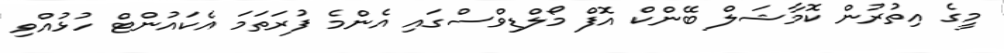
މީގެ އިތުރުން ކޮމާޝަލް ބޭންކް އޮފް މޯލްޑިވްސްގައި އެންމެ ފުރަތަމަ އެކައުންޓް ހުޅުއްވި